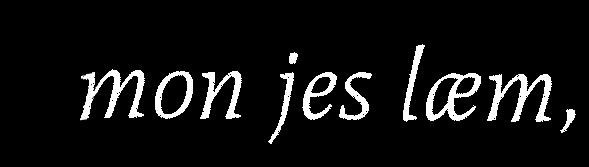
mon jes læm,